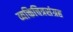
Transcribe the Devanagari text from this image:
व्यक्तिचित्रसंग्रह